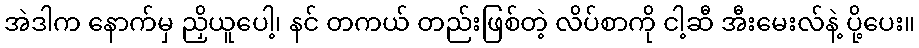
အဲဒါက နောက်မှ ညှိယူပေါ့၊ နင် တကယ် တည်းဖြစ်တဲ့ လိပ်စာကို ငါ့ဆီ အီးမေးလ်နဲ့ ပို့ပေး။